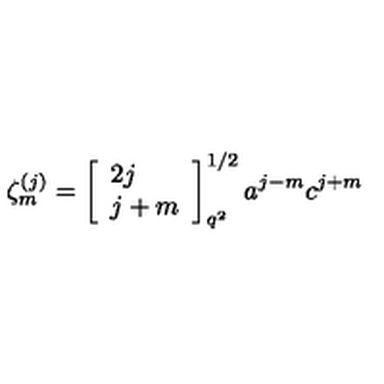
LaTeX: \zeta _ { m } ^ { ( j ) } = \left[ \begin{array} { l } { 2 j } \\ { j + m } \\ \end{array} \right] _ { q ^ { 2 } } ^ { 1 / 2 } a ^ { j - m } c ^ { j + m }